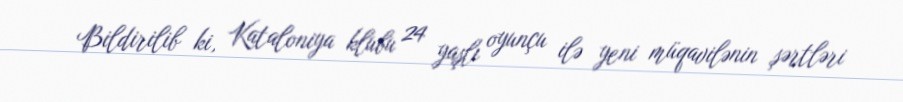
Bildirilib ki, Kataloniya klubu 24 yaşlı oyunçu ilə yeni müqavilənin şərtləri